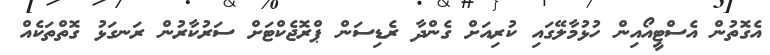
އެގޮތުން އެސްޓީއޯއިން ހުޅުމާލޭގައި ކުރިއަށް ގެންދާ ރެޑިސަން ޕްރޮޖެކްޓަށް ސަރުކާރުން ރަނގަޅު ގޮތްތަކެއް